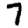
Digit: 7